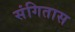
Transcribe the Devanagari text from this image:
संगितास